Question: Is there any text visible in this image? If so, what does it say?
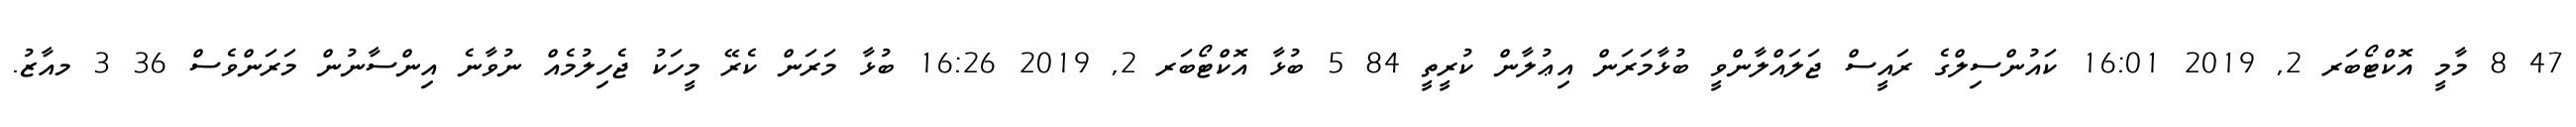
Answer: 47 8 މާމީ އޮކްޓޯބަރ 2, 2019 16:01 ކައުންސިލްގެ ރައީސް ޖަލައްލާންވީ ބުޅާމަރަން އިޢުލާން ކުރީތީ 84 5 ބުޅާ އޮކްޓޯބަރ 2, 2019 16:26 ބުޅާ މަރަން ކެރޭ މީހަކު ޖެހިލުމެއް ނުވާނެ އިންސާނުން މަރަންވެސް 36 3 މއާޒު.